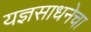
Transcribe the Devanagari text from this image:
यज्ञसाधनेचा